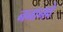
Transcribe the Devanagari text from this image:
ननानवे